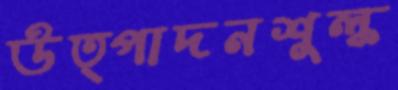
উত্পাদনশুল্ক